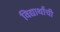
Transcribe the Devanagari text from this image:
विद्यार्थांची